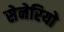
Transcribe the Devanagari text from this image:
सेनेरियो